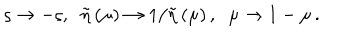
\varsigma \rightarrow - \varsigma , { \LARGE \ \; } \tilde { \eta } \left( \mu \right) \rightarrow 1 / \tilde { \eta } \left( \mu \right) , \; \; \mu \rightarrow 1 - \mu \, .